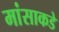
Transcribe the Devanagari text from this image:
मांसाकडे